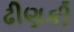
ઢીણકી